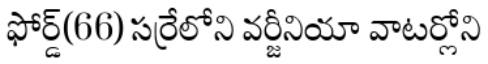
ఫోర్డ్(66) సర్రేలోని వర్జీనియా వాటర్లోని